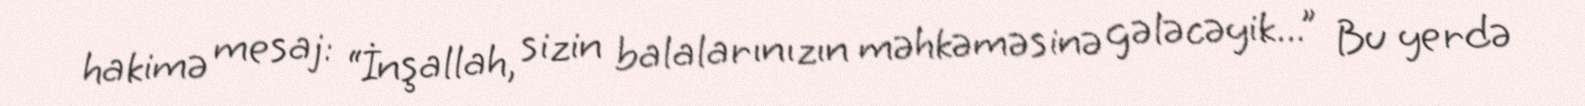
hakimə mesaj: “İnşallah, sizin balalarınızın məhkəməsinə gələcəyik...” Bu yerdə